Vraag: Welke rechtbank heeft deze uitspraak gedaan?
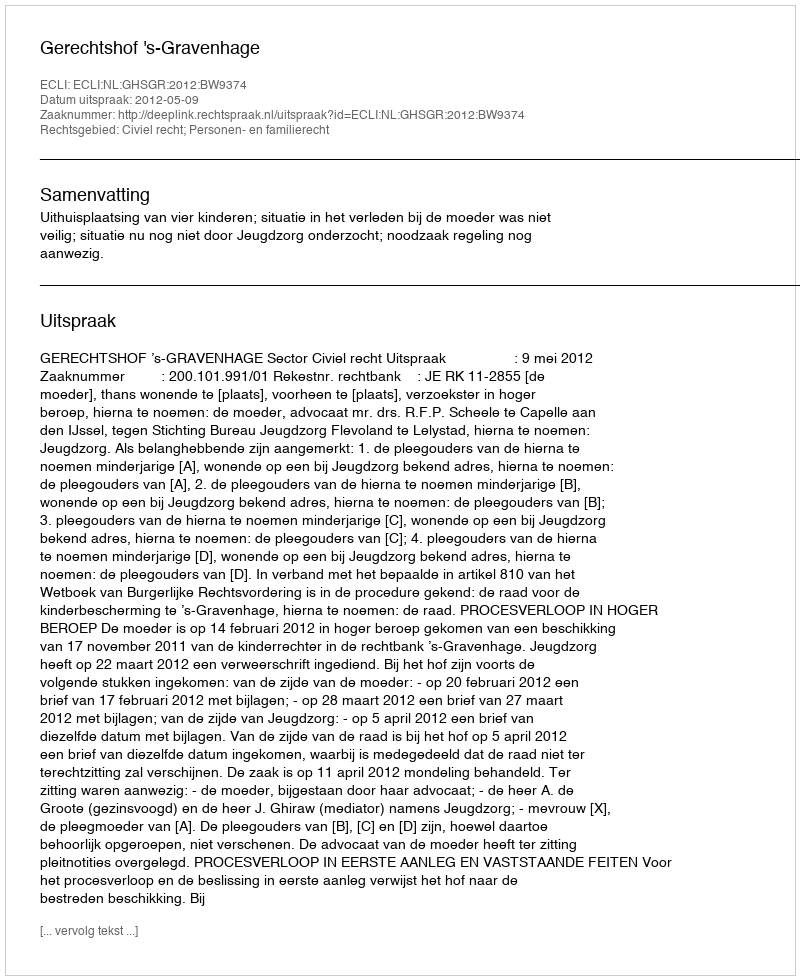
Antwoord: Gerechtshof 's-Gravenhage